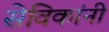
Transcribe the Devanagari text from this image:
सेविकांनी